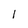
Character: l